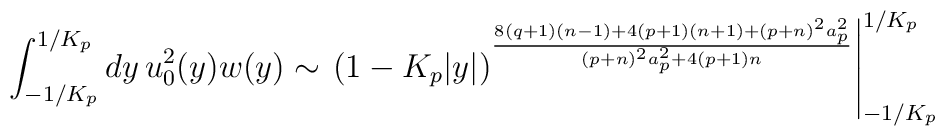
\int^{1/K_p}_{-1/K_p}dy\,u^2_0(y)w(y)\sim\left.(1-K_p|y|)^{{8(q+1)(n-1)+4(p+1)(n+1)+(p+n)^2a^2_p}\over{(p+n)^2a^2_p+4(p+1)n}}\right|^{1/K_p}_{-1/K_p}